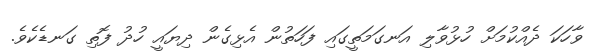
ވާހަކަ ދެއްކުމަށް ހުޅުވާލި އަނގަމަތީގައި ފަހަތުން އެޅިގެން ދިޔައީ ހުދު ފޮތި ގަނޑެކެވެ.